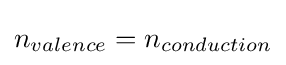
n_{valence}=n_{conduction}